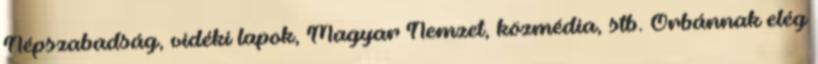
Népszabadság, vidéki lapok, Magyar Nemzet, közmédia, stb. Orbánnak elég